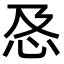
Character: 㤂